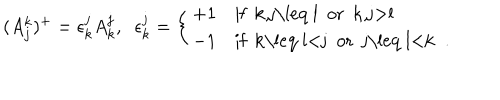
( A _ { j } ^ { k } ) ^ { + } = \epsilon _ { k } ^ { j } A _ { k } ^ { j } , \; \; \epsilon _ { k } ^ { j } = \left\{ \begin{array} { l l } { { + 1 } } & { { \mathrm { i f ~ k , j \leq ~ l ~ o r ~ k , j > l ~ } } } \\ { { - 1 } } & { { \mathrm { i f ~ k \leq ~ l < j ~ o r ~ j \leq ~ l < k ~ } \; . } } \\ \end{array} \right.